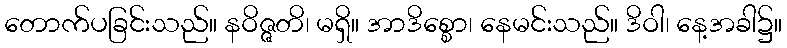
တောက်ပခြင်းသည်။ နဝိဇ္ဇတိ၊ မရှိ။ အာဒိစ္စော၊ နေမင်းသည်။ ဒိဝါ၊ နေ့အခါ၌။